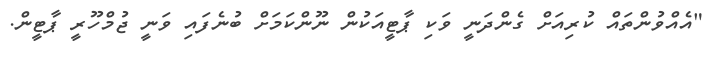
"އެއްވުންތައް ކުރިއަށް ގެންދަނީ ވަކި ޕާޓީއަކުން ނޫންކަމަށް ބުނެފައި ވަނީ ޖުމްހޫރީ ޕާޓީން.